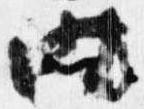
時